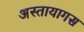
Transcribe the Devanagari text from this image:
अस्तायागस